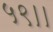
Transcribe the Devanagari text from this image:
५९।।